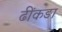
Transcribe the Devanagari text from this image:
ढींकङा